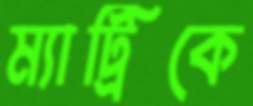
ম্যাট্রিকে